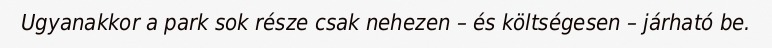
Ugyanakkor a park sok része csak nehezen – és költségesen – járható be.